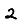
Digit: 2